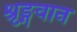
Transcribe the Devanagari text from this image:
श्रृङ्गवान